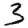
Digit: 3